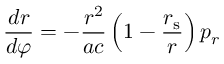
{ \frac { d r } { d \varphi } } = - { \frac { r ^ { 2 } } { a c } } \left( 1 - { \frac { r _ { \mathrm { { s } } } } { r } } \right) p _ { r }